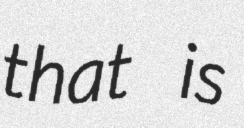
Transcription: that is